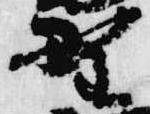
野